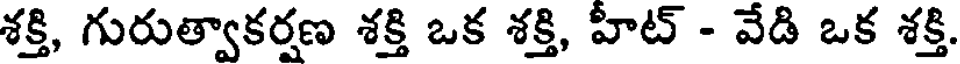
శక్తి, గురుత్వాకర్షణ శక్తి ఒక శక్తి, హీట్ - వేడి ఒక శక్తి.